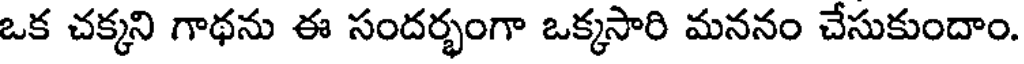
ఒక చక్కని గాథను ఈ సందర్భంగా ఒక్కసారి మననం చేసుకుందాం.